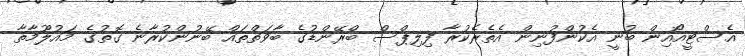
އެސްޓީއޯއިން ބުނީ އެކުންފުނިން އެތެރެކުރާ ފިލިޕްސް ބްރޭންޑުގެ ބާވަތްތައް ބޭނުންކުރާނެ ގޮތުގެ މައުލޫމާތާ